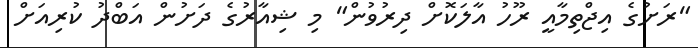
"ރަށުގެ އިޖްތިމާއީ ރޫހު އާލަކޮށް ދިރުވުން" މި ޝިއާރުގެ ދަށުން އަބްދު ކުރިއަށް